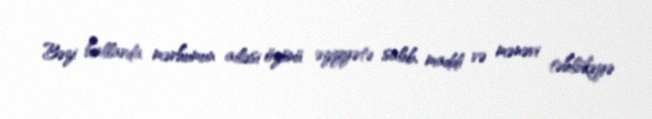
Bəzi hallarda mərhumun ailəsi özünü əziyyətə salıb, maddi və mənəvi təhlükəyə